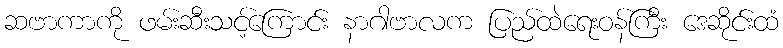
ဆဗာကာကို ဖမ်းဆီးသင့်ကြောင်း နာဂါဗာလက ပြည်ထဲရေးဝန်ကြီး ဒေဆိုင်းထံ